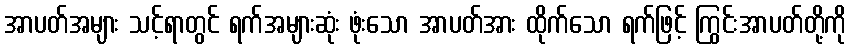
အာပတ်အများ သင့်ရာတွင် ရက်အများဆုံး ဖုံးသော အာပတ်အား ထိုက်သော ရက်ဖြင့် ကြွင်းအာပတ်တို့ကို